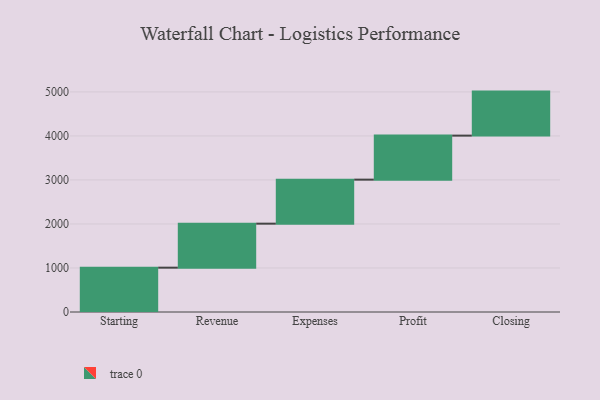
{"axis": {"x": "Step", "y": "Value"}, "legend": [""], "data": [{"x": "Starting", "y": 1007.0, "type": ""}, {"x": "Revenue", "y": 1000, "type": ""}, {"x": "Expenses", "y": 1000, "type": ""}, {"x": "Profit", "y": 1000, "type": ""}, {"x": "Closing", "y": 1000, "type": ""}]}